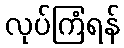
လုပ်ကြံရန်